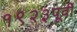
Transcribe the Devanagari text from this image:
१९२३पूर्वी